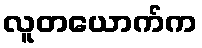
လူတယောက်က